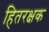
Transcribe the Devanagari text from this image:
हितरक्षक